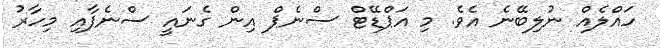
ހައްލެއް ނުލިބޭނެ އެވެ. މި އަޕްޑޭޓް ސްނެޕް އިން ގެނައީ ސްނެޕާއި މިހާރު